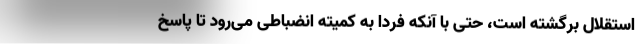
استقلال برگشته است، حتی با آنکه فردا به کمیته انضباطی می‌رود تا پاسخ